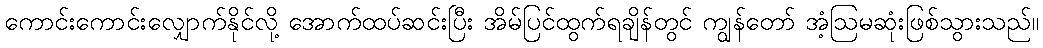
ကောင်းကောင်းလျှောက်နိုင်လို့ အောက်ထပ်ဆင်းပြီး အိမ်ပြင်ထွက်ရချိန်တွင် ကျွန်တော် အံ့ဩမဆုံးဖြစ်သွားသည်။